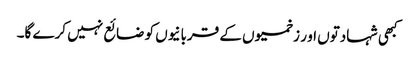
کبھی شہادتوں او ر زخمیوں کے قربانیوں کو ضائع نہیں کرے گا۔